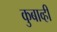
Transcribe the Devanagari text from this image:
कुबाव्ही